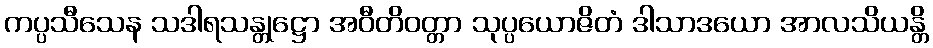
ကပ္ပသီသေန သဒါရသန္တုဋ္ဌော အဝီတိဝတ္တာ သုပ္ပယောဇိတံ ဒါသာဒယော အာလသိယန္တိ